Report on the lunatic asylums under the Government of Bombay - 1904-1913
Year: 1904
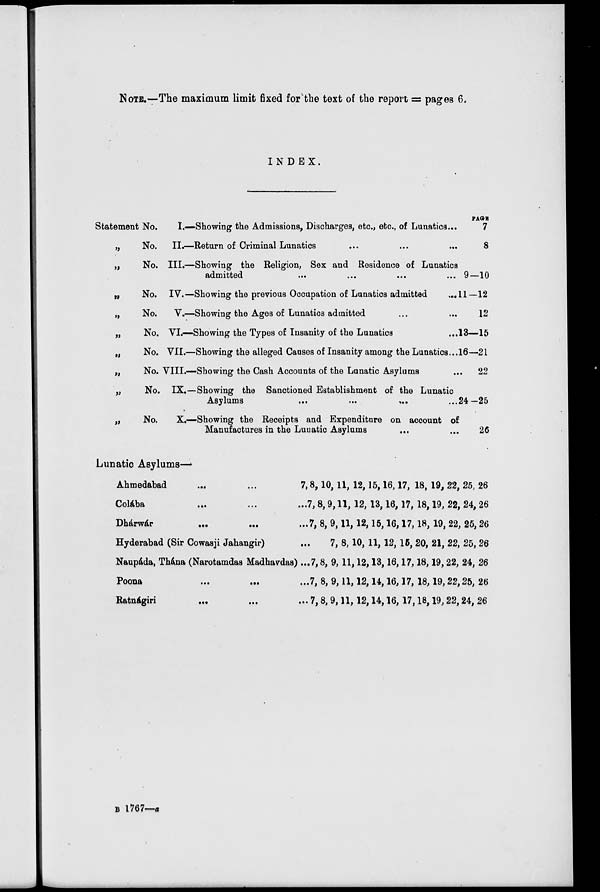
NOTE.—The maximum limit fixed for the text of the report = pages 6.
INDEX.
Statement No.
„
„
„
„
„
„
„
„
„
No.
No.
No.
No.
No.
No.
No.
No.
No.
I.—Showing the Admissions, Discharges, etc., etc., of Lunatics...
II.—Return of Criminal Lunatics ... ... ...
III.—Showing the Religion, Sex and Residence of Lunatics
admitted
...
...
...
...
IV.—Showing the previous Occupation of Lunatics admitted
...
V.—Showing the Ages of Lunatics admitted ... ...
VI.—Showing the Types of Insanity of the Lunatics ...
VII.—Showing the alleged Causes of Insanity among the Lunatics...
VIII.—Showing the Cash Accounts of the Lunatic Asylums ...
IX.—Showing the Sanctioned Establishment of the Lunatic
Asylums ... ... ... ...
X.—Showing the Receipts and Expenditure on account of
Manufactures in the Lunatic Asylums ... ...
PAGE
7
8
9—10
11—12
12
13—15
16—21
22
24—25
26
Lunatic Asylums—
Ahmedabad ... ...
Colába
...
...
...
Dhárwár ... ... ...
Hyderabad (Sir Cowasji Jahangir) ...
Naupáda, Thána (Narotamdas Madhavdas) ...
Poona
...
...
...
Ratnágiri
...
...
...
7, 8, 10, 11, 12, 15, 16, 17, 18, 19, 22, 25, 26
7, 8, 9, 11, 12, 13, 16, 17, 18, 19, 22, 24, 26
7, 8, 9, 11, 12, 15, 16, 17, 18, 19, 22, 25, 26
7, 8, 10, 11, 12, 15, 20, 21, 22, 25, 26
7, 8, 9, 11, 12, 13, 16, 17, 18, 19, 22, 24, 26
7, 8, 9, 11, 12, 14, 16, 17, 18, 19, 22, 25, 26
7, 8, 9, 11, 12, 14, 16, 17, 18, 19, 22, 24, 26
B 1767—a